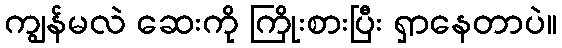
ကျွန်မလဲ ဆေးကို ကြိုးစားပြီး ရှာနေတာပဲ။